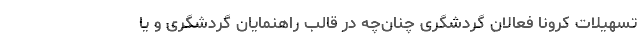
تسهیلات کرونا فعالان گردشگری چنان‌چه در قالب راهنمایان گردشگری و یا